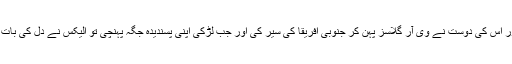
الیکس اور اس کی دوست نے وی آر گلاسز پہن کر جنوبی افریقا کی سیر کی اور جب لڑکی اپنی پسندیدہ جگہ پہنچی تو الیکس نے دل کی بات کہہ دی۔